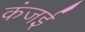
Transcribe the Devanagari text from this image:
कंजई